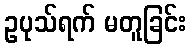
ဥပုသ်ရက် မတူခြင်း